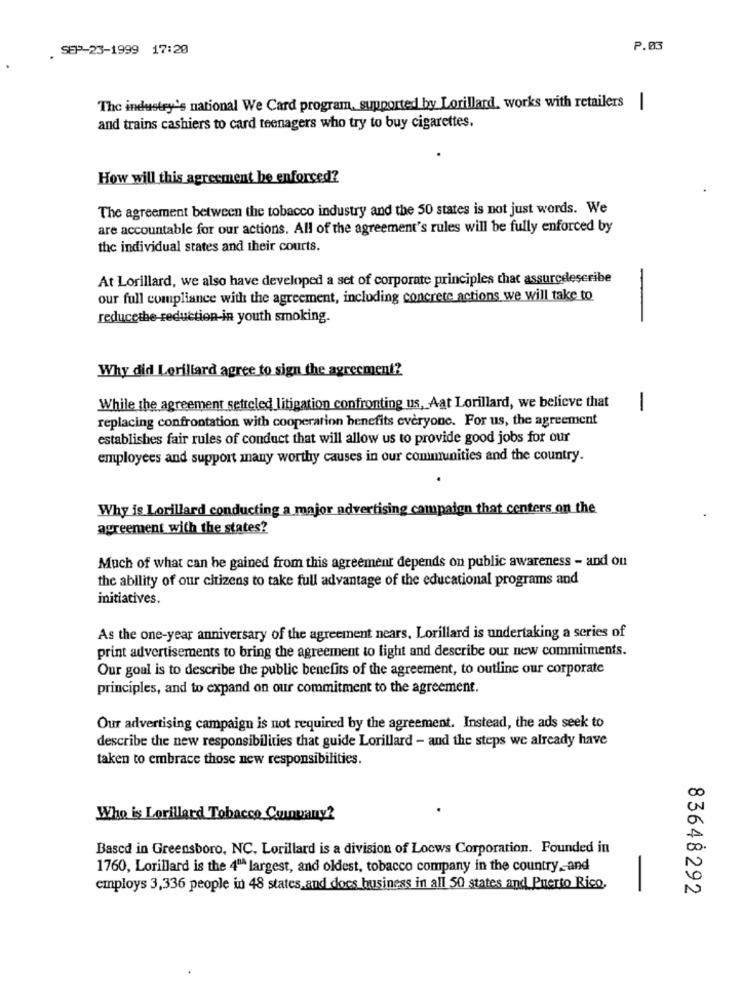
. SEP-23-1999 17:20
P.03
The industry's national We Card program, supported by Lorillard, works with retailers
1
and trains cashiers to card teenagers who try to buy cigarettes.
How will this agreement be enforced?
The agreement between the tobacco industry and the 50 states is not just words. We
are accountable for our actions. All of the agreement's rules will be fully enforced by
the individual states and their courts.
At Lorillard, we also have developed a set of corporate principles that assuredescribe
our full compliance with the agreement, including concrete actions we will take to
-
reducethe-reduction-in youth smoking.
Why did Lorillard agree to sign the agreement?
While the agreement setteled litigation confronting us, Aat Lorillard, we believe that
1
replacing confrontation with cooperation benefits everyone. For us, the agreement
establishes fair rules of conduct that will allow us to provide good jobs for our
employees and support many worthy causes in our communities and the country.
Why is Lorillard conducting a major advertising campaign that centers on the
agreement with the states?
Much of what can be gained from this agreement depends on public awareness - and on
the ability of our citizens to take full advantage of the educational programs and
initiatives.
As the one-year anniversary of the agreement nears, Lorillard is undertaking a series of
print advertisements to bring the agreement to light and describe our new commitments.
Our goal is to describe the public benefits of the agreement, to outline our corporate
principles, and to expand on our commitment to the agreement.
Our advertising campaign is not required by the agreement. Instead, the ads seek to
describe the new responsibilities that guide Lorillard - and the steps we already have
taken to embrace those new responsibilities.
CO
Who is Lorillard Tobacco Conpany?
0
Based in Greensboro, NC. Lorillard is a division of Locws Corporation. Founded in
00
1760, Lorillard is the 4" largest, and oldest, tobacco company in the country ,- and
N
employs 3,336 people in 48 states,and does business in all 50 states and Puerto Rico,
83648292